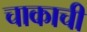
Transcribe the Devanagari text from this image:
चाकाची